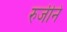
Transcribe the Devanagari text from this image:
रुजीने